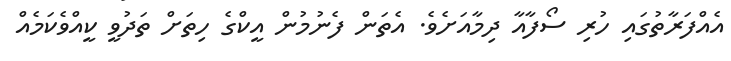
އެއްފަރާތުގައި ހުރި ސޯފާއާ ދިމާއަށެވެ. އެތަން ފެނުމުން އީކްގެ ހިތަށް ތަދުވީ ކީއްވެކަމެއް